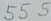
Text: 555